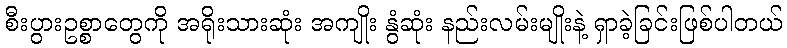
စီးပွားဥစ္စာတွေကို အရိုးသားဆုံး အကျိုး နွံဆုံး နည်းလမ်းမျိုးနဲ့ ရှာခဲ့ခြင်းဖြစ်ပါတယ်